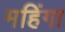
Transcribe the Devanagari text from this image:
महिंगा